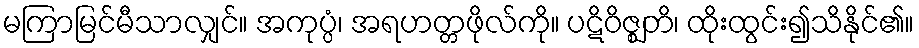
မကြာမြင်မီသာလျှင်။ အကုပ္ပံ၊ အရဟတ္တဖိုလ်ကို။ ပဋိဝိဇ္ဈတိ၊ ထိုးထွင်း၍သိနိုင်၏။